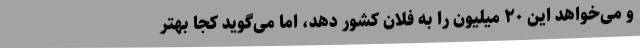
و می‌خواهد این ۲۰ میلیون را به فلان کشور دهد، اما می‌گوید کجا بهتر